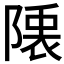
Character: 𮥙